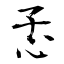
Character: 孞